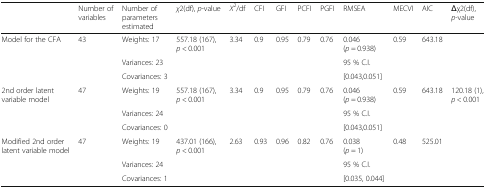
<table><thead><tr><td></td><td><b>Number of variables</b></td><td><b>Number of parameters estimated</b></td><td><b><i>χ</i>2(df), <i>p</i>-value</b></td><td><b><i>X</i><sup>2</sup>/df</b></td><td><b>CFI</b></td><td><b>GFI</b></td><td><b>PCFI</b></td><td><b>PGFI</b></td><td><b>RMSEA</b></td><td><b>MECVI</b></td><td><b>AIC</b></td><td><b>Δχ2(df), <i>p</i>-value</b></td></tr></thead><tbody><tr><td rowspan="3">Model for the CFA</td><td rowspan="3">43</td><td>Weights: 17</td><td rowspan="3">557.18 (167), <i>p</i> &lt; 0.001</td><td rowspan="3">3.34</td><td rowspan="3">0.9</td><td rowspan="3">0.95</td><td rowspan="3">0.79</td><td rowspan="3">0.76</td><td>0.046 (<i>p</i> = 0.938)</td><td rowspan="3">0.59</td><td rowspan="3">643.18</td><td rowspan="3"></td></tr><tr><td>Variances: 23</td><td>95 % C.I.</td></tr><tr><td>Covariances: 3</td><td>[0.043,0.051]</td></tr><tr><td rowspan="3">2nd order latent variable model</td><td rowspan="3">47</td><td>Weights: 19</td><td rowspan="3">557.18 (167), <i>p</i> &lt; 0.001</td><td rowspan="3">3.34</td><td rowspan="3">0.9</td><td rowspan="3">0.95</td><td rowspan="3">0.79</td><td rowspan="3">0.76</td><td>0.046 (<i>p</i> = 0.938)</td><td rowspan="3">0.59</td><td rowspan="3">643.18</td><td rowspan="6">120.18 (1), <i>p</i> &lt; 0.001</td></tr><tr><td>Variances: 24</td><td>95 % C.I.</td></tr><tr><td>Covariances: 0</td><td>[0.043,0.051]</td></tr><tr><td rowspan="3">Modified 2nd order latent variable model</td><td rowspan="3">47</td><td>Weights: 19</td><td rowspan="3">437.01 (166), <i>p</i> &lt; 0.001</td><td rowspan="3">2.63</td><td rowspan="3">0.93</td><td rowspan="3">0.96</td><td rowspan="3">0.82</td><td rowspan="3">0.76</td><td>0.038 (<i>p</i> = 1)</td><td rowspan="3">0.48</td><td rowspan="3">525.01</td></tr><tr><td>Variances: 24</td><td>95 % C.I.</td></tr><tr><td>Covariances: 1</td><td>[0.035, 0.044]</td></tr></tbody></table>